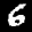
Label: 6